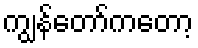
ကျွန်တော်ကတော့